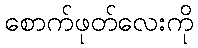
စောက်ဖုတ်လေးကို